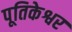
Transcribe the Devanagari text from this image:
पूतिकेश्वर